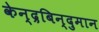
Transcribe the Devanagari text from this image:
केन्द्रबिन्दुमान